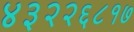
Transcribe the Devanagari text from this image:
४३२२६८१७